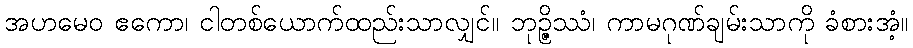
အဟမေဝ ဧကော၊ ငါတစ်ယောက်ထည်းသာလျှင်။ ဘုဉ္ဇိဿံ၊ ကာမဂုဏ်ချမ်းသာကို ခံစားအံ့။